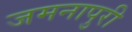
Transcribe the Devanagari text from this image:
जमनापुरी